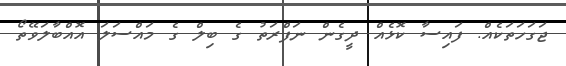
ޖަގަހަތަކެއް. ފައިސާ ކޮޅެއް ދީގެން ނަފްރަތު ގެ ބިލް ގެ މައްސަލަ އޮއްބާލަވޭތޯ